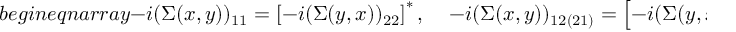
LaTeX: b e g i n { e q n a r r a y } - i ( \Sigma ( x , y ) ) _ { 1 1 } = \left[ - i ( \Sigma ( y , x ) ) _ { 2 2 } \right] ^ { * } , \; \; \; \; - i ( \Sigma ( x , y ) ) _ { 1 2 ( 2 1 ) } = \left[ - i ( \Sigma ( y , x ) ) _ { 1 2 ( 2 1 ) } \right] ^ { * } .